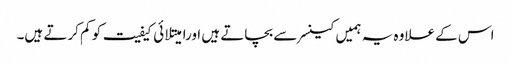
اس کے علاوہ یہ ہمیں کینسر سے بچاتے ہیں اورامیتلائی کیفیت کو کم کرتے ہیں۔